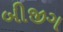
બીજીગ